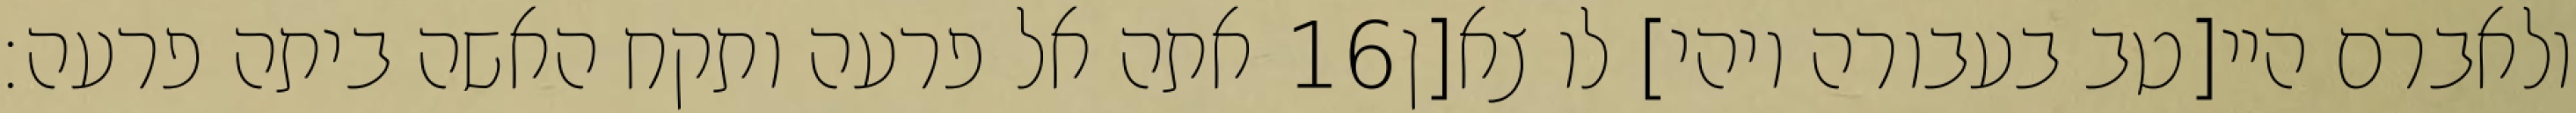
אתה אל פרעה ותקח האשה ביתה פרעה׃ ‎16‏ ולאברם היי[טב בעבורה ויהי] לו צא[ן